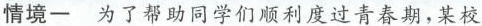
接情一为了帮助同学们顺利度过青春期，某校